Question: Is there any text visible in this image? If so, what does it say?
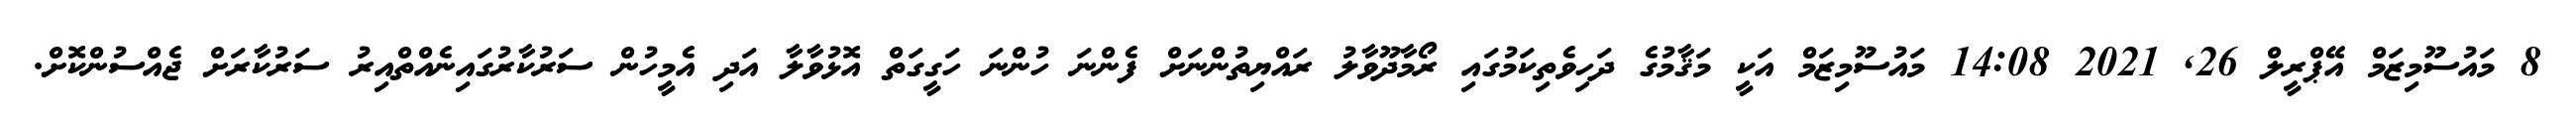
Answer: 8 މައުސޫމިޒަމް އޭޕްރީލް 26, 2021 14:08 މައުސޫމިޒަމް އަކީ މަޤާމުގެ ދަހިވެތިކަމުގައި ރޯމާދޫވާލު ރައްޔިތުންނަށް ފެންނަ ހުންނަ ހަގީގަތް އޮޅުވާލާ އަދި އެމީހުން ސަރުކާރުގައިނެއްތްއިރު ސަރުކާރަށް ޖެއްސުންކޮށް.